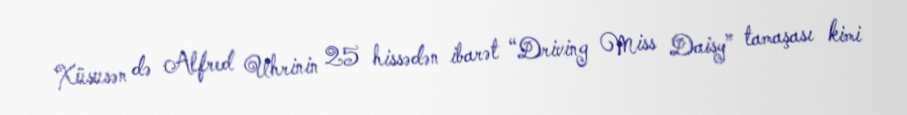
Xüsusən də Alfred Uhrinin 25 hissədən ibarət “Driving Miss Daisy” tamaşası kimi